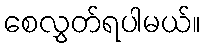
စေလွှတ်ရပါမယ်။